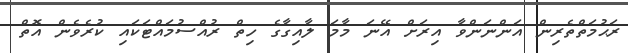
ރަޙުމަތްތެރިން އަންނަންވާ އިރަށް އޭނަ މާމަ ލާއިގާގެ ހިތް ރުއްސުމައްޓަކައި ކުރެވެން އޮތް